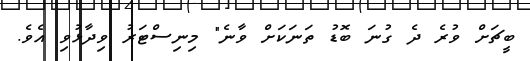
ބީޗަށް ވުރެ ދެ ގުނަ ބޮޑު ތަނަކަށް ވާނެ" މިނިސްޓަރު ވިދާޅުވި އެވެ.